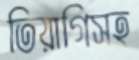
তিয়াগিসহ